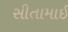
સીતામાઇ